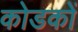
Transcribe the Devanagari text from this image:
कोडकों